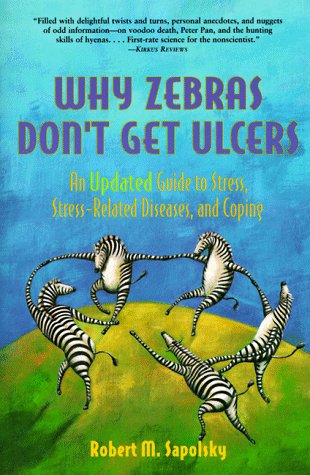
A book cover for Why Zebras Don't Get Ulcers: An Updated Guide to Stress, Stress Related Diseases, and Coping (2nd Edition); Robert M. Sapolsky; Health, Fitness & Dieting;